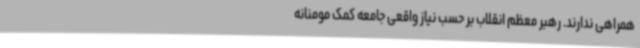
همراهی ندارند. رهبر معظم انقلاب بر حسب نیاز واقعی جامعه کمک مومنانه